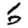
Digit: 6